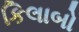
કિલાબો